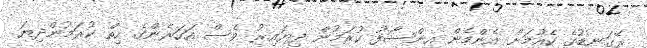
ރޭގަނޑުގެ ކެއުމަށް އެންމެން އިންސާފު ކުރަމުން ދިޔައިރު ވެސް އަހަރެންގެ ހިތް ކުރަމުންދިޔަ